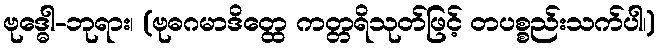
ဗုဒ္ဓေါ-ဘုရား၊ (ဗုဓဂမာဒိတ္ထေ ကတ္တရိသုတ်ဖြင့် တပစ္စည်းသက်ပါ၊)